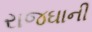
રાજઘાની